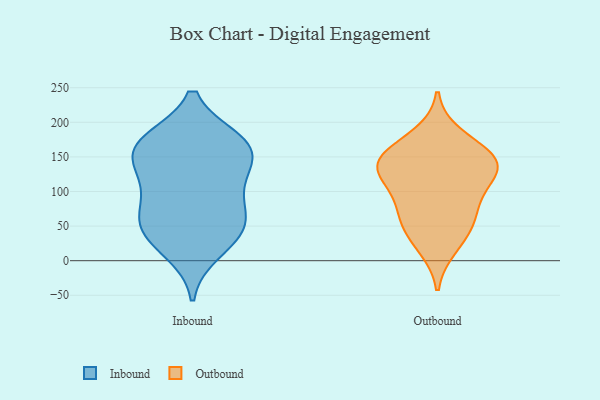
{"axis": {"x": "Operating Costs (USD K)", "y": "Value"}, "legend": ["Inbound", "Outbound"], "data": [{"x": "", "y": 14, "type": "Inbound"}, {"x": "", "y": 156, "type": "Inbound"}, {"x": "", "y": 171, "type": "Inbound"}, {"x": "", "y": 169, "type": "Inbound"}, {"x": "", "y": 164, "type": "Inbound"}, {"x": "", "y": 54, "type": "Inbound"}, {"x": "", "y": 62, "type": "Inbound"}, {"x": "", "y": 101, "type": "Inbound"}, {"x": "", "y": 40, "type": "Inbound"}, {"x": "", "y": 131, "type": "Inbound"}, {"x": "", "y": 38, "type": "Inbound"}, {"x": "", "y": 124, "type": "Inbound"}, {"x": "", "y": 77, "type": "Inbound"}, {"x": "", "y": 173, "type": "Inbound"}, {"x": "", "y": 110, "type": "Outbound"}, {"x": "", "y": 153, "type": "Outbound"}, {"x": "", "y": 140, "type": "Outbound"}, {"x": "", "y": 127, "type": "Outbound"}, {"x": "", "y": 86, "type": "Outbound"}, {"x": "", "y": 20, "type": "Outbound"}, {"x": "", "y": 143, "type": "Outbound"}, {"x": "", "y": 40, "type": "Outbound"}, {"x": "", "y": 67, "type": "Outbound"}, {"x": "", "y": 131, "type": "Outbound"}, {"x": "", "y": 151, "type": "Outbound"}, {"x": "", "y": 181, "type": "Outbound"}, {"x": "", "y": 61, "type": "Outbound"}]}